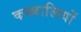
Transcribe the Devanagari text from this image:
कब्बालियों